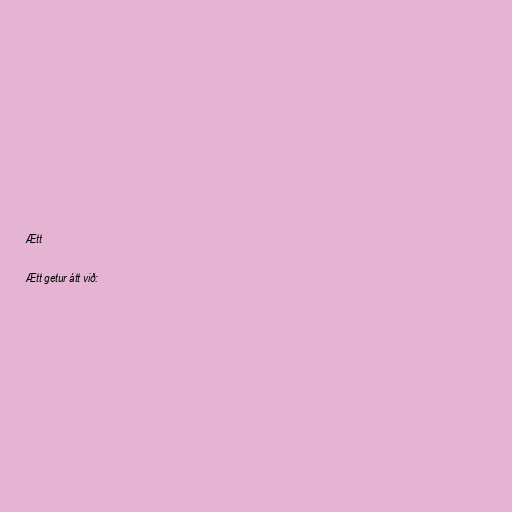
Ætt

Ætt getur átt við: